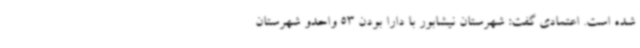
شده است. اعتمادی گفت: شهرستان نیشابور با دارا بودن 53 واحدو شهرستان